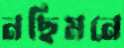
নছিমনে